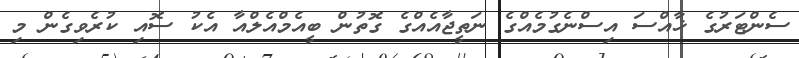
ސެންޓަރުގެ ޚާއްސަ އިސްނެގުމެއްގެ ނަތީޖާއެއްގެ ގޮތުން ބީއެމްއެލްއާ އެކު ސޮއި ކުރެވިގެން މި